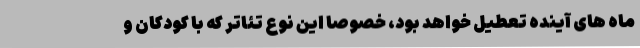
ماه های آینده تعطیل خواهد بود، خصوصا این نوع تئاتر که با کودکان و